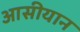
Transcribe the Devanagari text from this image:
आसीयान